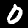
Label: 0